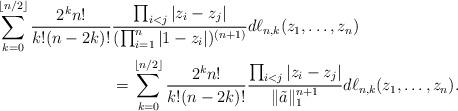
LaTeX: \begin{align*}\sum_{k=0}^{\lfloor n/2 \rfloor} \frac{2^k n!}{k!(n-2k)!}& \frac{ \prod_{i<j}|z_i-z_j|}{ (\prod_{i=1}^n |1-z_i|)^{(n+1)}} d\ell_{n,k}(z_1,\dots,z_n) \\& = \sum_{k=0}^{\lfloor n/2 \rfloor} \frac{2^k n!}{k!(n-2k)!} \frac{ \prod_{i<j}|z_i-z_j|}{ \|\tilde{a}\|_1^{n+1}} d\ell_{n,k}(z_1,\dots,z_n).\end{align*}